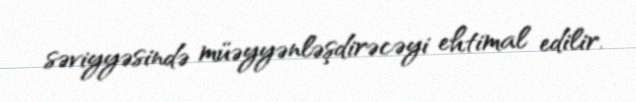
səviyyəsində müəyyənləşdirəcəyi ehtimal edilir.